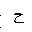
Letter: _ha